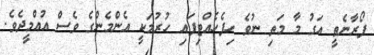
ފޯރާނެތީ އަގު މާ މަތި ނުވެ ހިފެހެއްޓިފައި ހުރުމަކީ އެންމެންގެ ވެސް އުއްމީދެވެ.